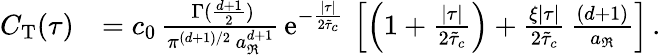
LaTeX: \begin{array}{rl}{C_{\mathrm{T}}(\tau)}&{=c_{0}\, \frac{\, \Gamma(\frac{d+1}{2})}{\pi^{(d+1)/2}\, a_{\Re}^{d+1}}\, \mathrm{e}^{-\frac{\lvert\tau\rvert}{2\tilde{\tau}_{c}}}\, \left[\left(1+\frac{\lvert\tau\rvert}{2\tilde{\tau}_{c}}\right)+\frac{\xi\lvert\tau\rvert}{2\tilde{\tau}_{c}}\, \frac{(d+1)}{a_{\Re}}\right]\, .}\end{array}